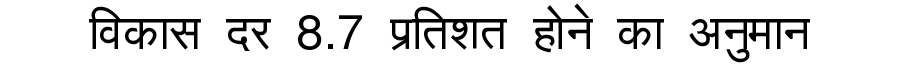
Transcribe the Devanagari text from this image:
विकास दर 8.7 प्रतिशत होने का अनुमान